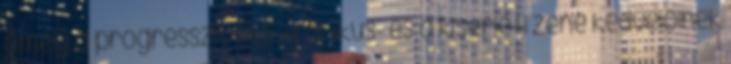
amely a progresszív elektronikus- és a kísérleti zene kedvelőinek